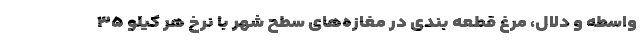
واسطه و دلال، مرغ قطعه بندی در مغازه‌های سطح شهر با نرخ هر کیلو ۳۵